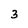
Character: 3